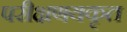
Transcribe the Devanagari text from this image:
परीक्षणयकृत